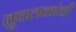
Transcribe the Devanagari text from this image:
तुघलकांची